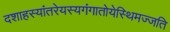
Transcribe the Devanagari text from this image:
दशाहस्यांतरेयस्यगंगातोयेस्थिमज्जति